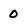
Character: 0